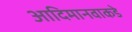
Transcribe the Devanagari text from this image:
आदिमानवाकडे